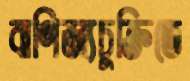
বাণিজ্যচুক্তিতে